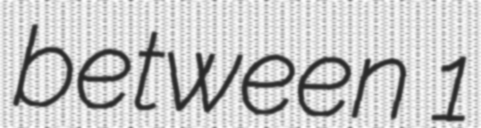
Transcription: between 1